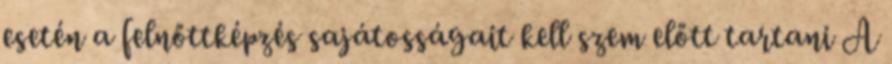
esetén a felnőttképzés sajátosságait kell szem előtt tartani A